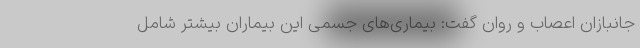
جانبازان اعصاب و روان گفت: بیماری‌های جسمی این بیماران بیشتر شامل